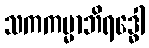
သကကမ္မာဘိရဒ္ဓေါ